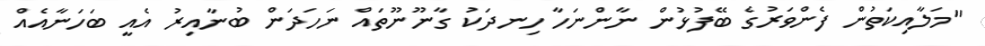
"މަލާއިކަތުން ފެންވަރުގެ ބޭފުޅުން ނާންނަހާ ހިނދަކު ގާނޫނޫތައް ނަހަދަން ބުނާއިރު އެއީ ބަހަނާއެއް